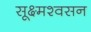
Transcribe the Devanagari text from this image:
सूक्ष्मश्वसन